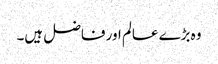
وہ بڑے عالم اور فاضل ہیں۔